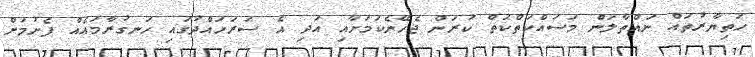
ހަތިޔާރުތައް ނައްތާލަން މަސައްކަތްކަތް ކުރަން ޖެހޭނެކަމަށާއި އަދި އެ ސަރަހައްދުގައި ހަނގުރާމައެއް ފެށުމަށް